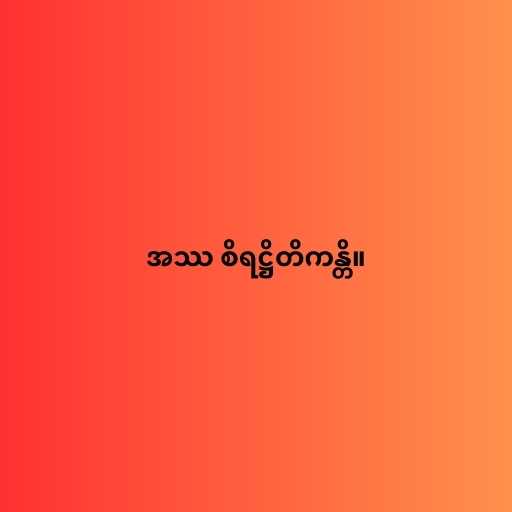
အဿ စိရဋ္ဌိတိကန္တိ။